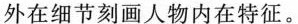
外在细节刻画人物内在特征。